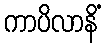
ကာပိလာနိံ